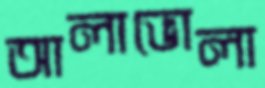
আলাভোলা